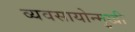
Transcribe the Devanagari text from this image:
व्यवसायोन्मुखी